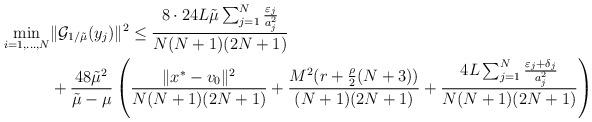
LaTeX: \begin{align*}\min_{i=1,\ldots,N} &\|\mathcal{G}_{1/\tilde\mu}(y_j)\|^2\leq \frac{8\cdot 24 L\tilde{\mu}\sum_{j=1}^N \frac{\varepsilon_j}{a_j^2}}{N(N+1)(2N+1)}\\&+\frac{48\tilde\mu^2}{\tilde{\mu}-\mu}\left( \frac{\|x^*-v_0\|^2}{N(N+1)(2N+1)}+\frac{M^2(r+\frac{\rho}{2}(N+3))}{(N+1)(2N+1)} + \frac{4L\sum_{j=1}^N\frac{\varepsilon_j+\delta_j}{a_j^2}}{N(N+1)(2N+1)}\right)\end{align*}